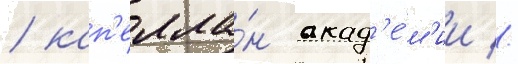
/ кап'елла́н акад'е́м'ии //